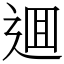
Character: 逥